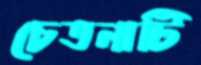
চেতনাটি